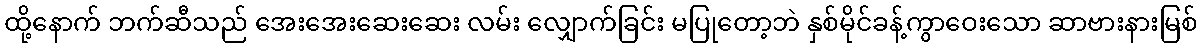
ထို့နောက် ဘက်ဆီသည် အေးအေးဆေးဆေး လမ်း လျှောက်ခြင်း မပြုတော့ဘဲ နှစ်မိုင်ခန့်ကွာဝေးသော ဆာဗားနားမြစ်